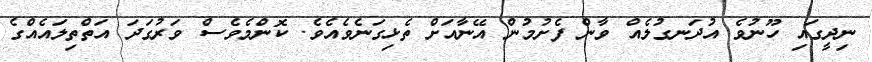
ނިދީގައި ހޫނުވެ އުދަނގުލެއް ވާން ފެށުމުން އޭނާއަށް ތެޅިގަނެވެއެވެ. ކޮންމެވެސް ވަރުގަދަ އަތްތިލައެއްގެ